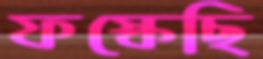
ফস্‌কেছি